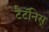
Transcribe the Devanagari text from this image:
टैटॅनिस्